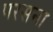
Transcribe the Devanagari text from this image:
परसना